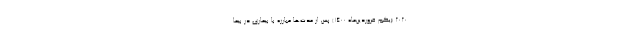
۲۰۲۰ (یکم فروردین‌ماه ۱۴۰۰) پس از مدت‌ها مبارزه با بیماری در بیما